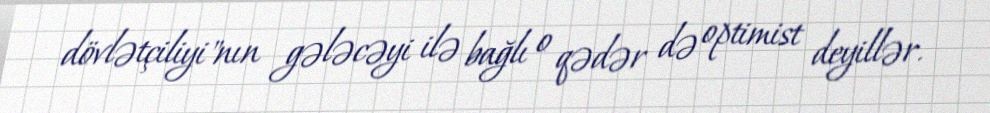
dövlətçiliyi"nın gələcəyi ilə bağlı o qədər də optimist deyillər.